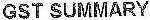
GST SUMMARY